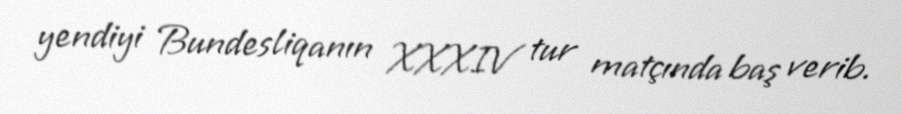
yendiyi Bundesliqanın XXXIV tur matçında baş verib.